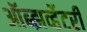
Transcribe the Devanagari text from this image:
ऑब्झर्व्हेटरी